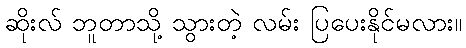
ဆိုးလ် ဘူတာသို့ သွားတဲ့ လမ်း ပြပေးနိုင်မလား။